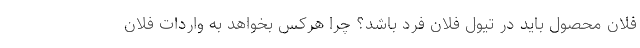
فلان محصول باید در تیول فلان فرد باشد؟ چرا هرکس بخواهد به واردات فلان